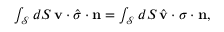
\begin{array} { r } { \int _ { \mathcal { S } } d S \, \mathbf { v } \cdot \hat { \boldsymbol { \sigma } } \cdot \mathbf { n } = \int _ { \mathcal { S } } d S \, \hat { \mathbf { v } } \cdot \boldsymbol { \sigma } \cdot \mathbf { n } , } \end{array}